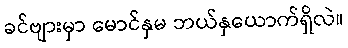
ခင်ဗျားမှာ မောင်နှမ ဘယ်နှယောက်ရှိလဲ။